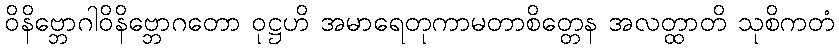
ဝိနိဗ္ဘောဂါဝိနိဗ္ဘောဂတော ဝုဋ္ဌဟိ အမာရေတုကာမတာစိတ္တေန အလတ္ထာတိ သုစိကတံ